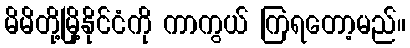
မိမိတို့မြို့နိုင်ငံကို ကာကွယ် ကြရတော့မည်။